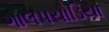
ગાલપચોડિયા